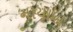
નાયાબ